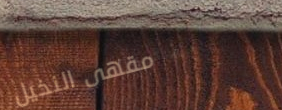
مقهى النخيل